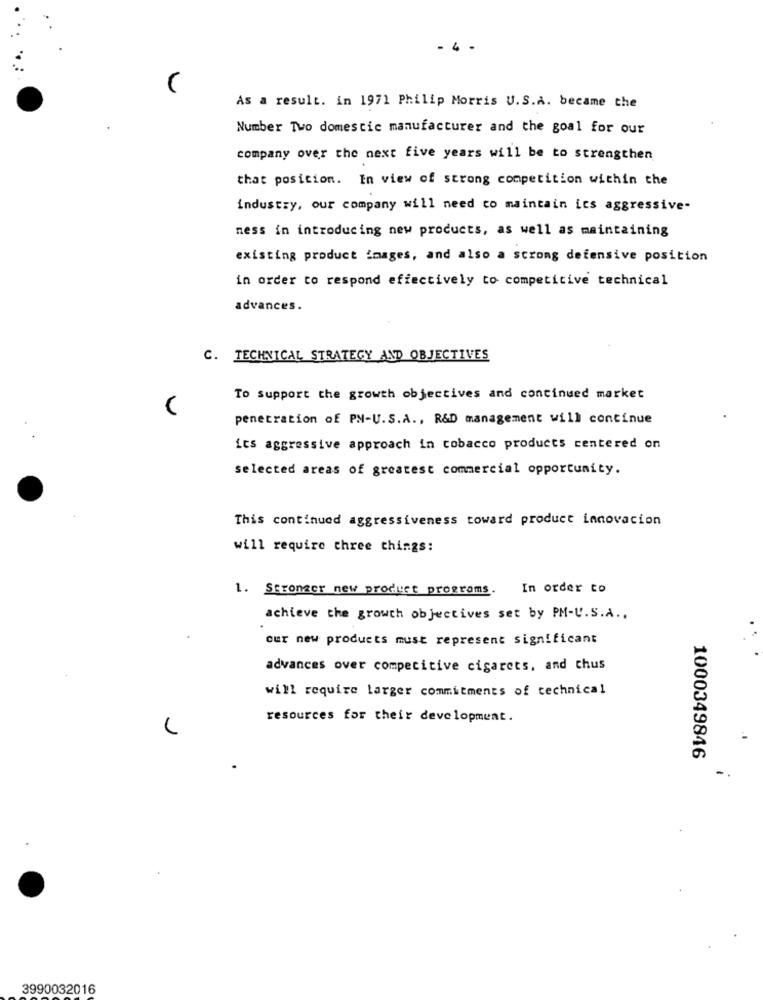
-4 -
As a result. in 1971 Philip Morris U.S.A. became the
Number Two domestic manufacturer and the goal for our
company over the next five years will be to strengthen
that position. In view of strong competition within the
industry, our company will need to maintain ics aggressive-
ness in introducing new products, as well as maintaining
existing product images, and also a strong defensive position
in order to respond effectively to competitive technical
advances.
C. TECHNICAL STRATEGY AND OBJECTIVES
To support the growth objectives and continued market
penetration of PH-U.S. A ., R&D management will continue
its aggressive approach in tobacco products centered on
selected areas of greatest commercial opportunity.
This continued aggressiveness toward product Lanovacion
will require three things:
1. Stronger new product programs.
In order to
achieve the growth objectives set by PM-U.S.A .,
cur new products must represent significant
advances over competitive cigarets, and chus
will require larger commitments of technical
resources for their development.
1000349846
3990032016